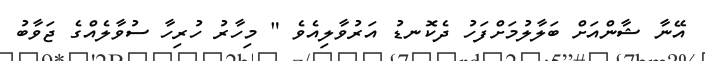
އޭނާ ޝާންއަށް ބަލާލުމަށްފަހު ދެކޮނޑު އަރުވާލިއެވެ " މިހާރު ހުރިހާ ސުވާލެއްގެ ޖަވާބު